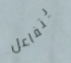
يتفاعل